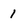
Character: 1